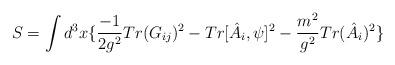
LaTeX: \begin{align*}S=\int d^3x \{\frac{-1}{2g^2}Tr(G_{ij})^2 -Tr[\hat{A}_i,\psi]^2 -\frac{m^2}{g^2}Tr(\hat{A}_i)^2\}\end{align*}